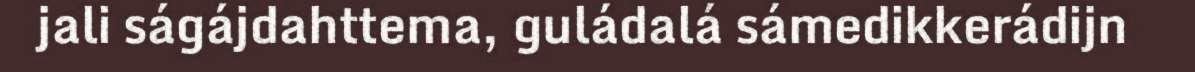
jali ságájdahttema, guládalá sámedikkerádijn